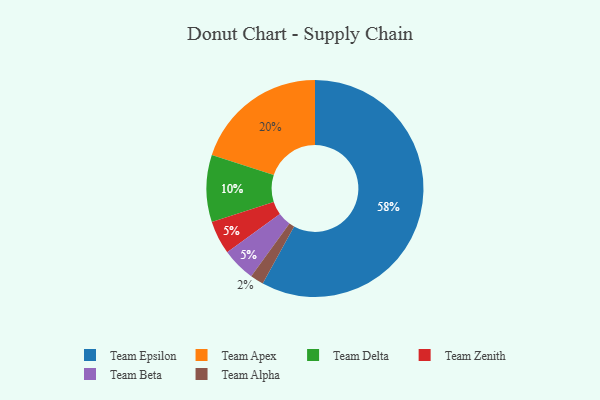
{"axis": {"x": "Category", "y": "Percentage"}, "legend": ["Team Alpha", "Team Apex", "Team Beta", "Team Delta", "Team Epsilon", "Team Zenith"], "data": [{"x": "Team Zenith", "y": 5, "type": "Team Zenith"}, {"x": "Team Delta", "y": 10, "type": "Team Delta"}, {"x": "Team Alpha", "y": 2, "type": "Team Alpha"}, {"x": "Team Beta", "y": 5, "type": "Team Beta"}, {"x": "Team Epsilon", "y": 58, "type": "Team Epsilon"}, {"x": "Team Apex", "y": 20, "type": "Team Apex"}]}